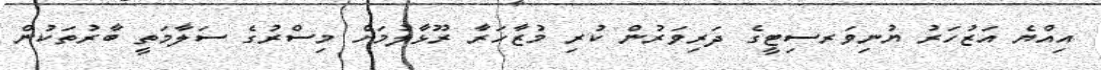
އިއްޔެ އަޒުހަރު ޔުނިވަރސިޓީގެ ދަރިވަރުން ކުރި މުޒާހަރާ ރޫޅާލުމަށް މިސްރުގެ ސަލާމަތީ ބާރުތަކުން